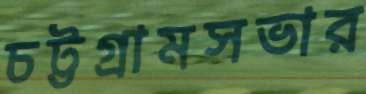
চট্টগ্রামসভার